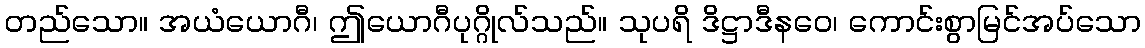
တည်သော။ အယံယောဂီ၊ ဤယောဂီပုဂ္ဂိုလ်သည်။ သုပရိ ဒိဋ္ဌာဒီနဝေ၊ ကောင်းစွာမြင်အပ်သော